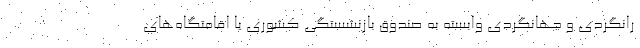
رانگردی و جهانگردی وابسته به صندوق بازنشستگی کشوری یا اقامتگاه‌های